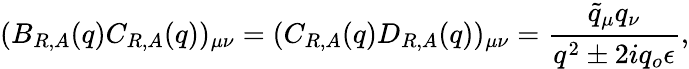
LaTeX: (B_{R,A}(q)C_{R,A}(q))_{\mu\nu}=(C_{R,A}(q)D_{R,A}(q))_{\mu\nu}={\frac{\tilde{q}_{\mu}q_{\nu}}{q^{2}\pm 2iq_{o}\epsilon}},